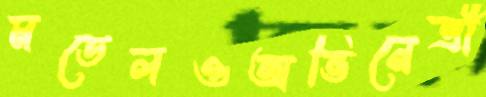
মডেলওঅভিনেত্রী